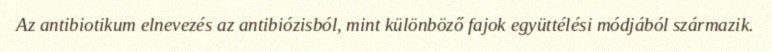
Az antibiotikum elnevezés az antibiózisból, mint különböző fajok együttélési módjából származik.